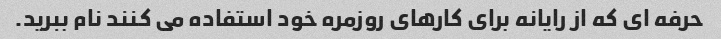
حرفه ای که از رایانه برای کارهای روزمره خود استفاده می کنند نام ببرید.